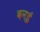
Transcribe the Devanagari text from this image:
बनई